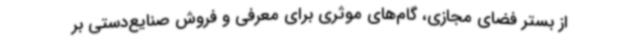
از بستر فضای مجازی، گام‌های موثری برای معرفی و فروش صنایع‌دستی بر